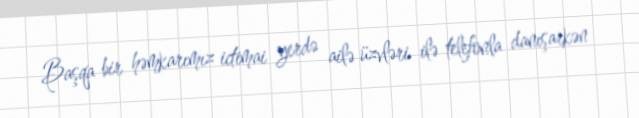
Başqa bir həmkarımız ictimai yerdə ailə üzvləri ilə telefonla danışarkən